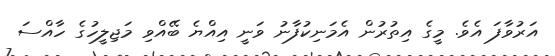
އަރުވާފަ އެވެ. މީގެ އިތުރުން އެމަނިކުފާނު ވަނީ އިއްޔެ ބޭއްވި މަޖިލީހުގެ ހާއްސަ